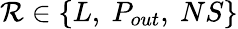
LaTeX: \mathcal{R}\in\{ L,~P_{out},~NS\}